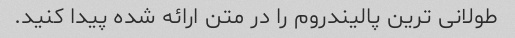
طولانی ترین پالیندروم را در متن ارائه شده پیدا کنید.